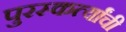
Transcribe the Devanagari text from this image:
पुरस्कर्त्यांची